Report of the Hyderabad Chloroform Commission
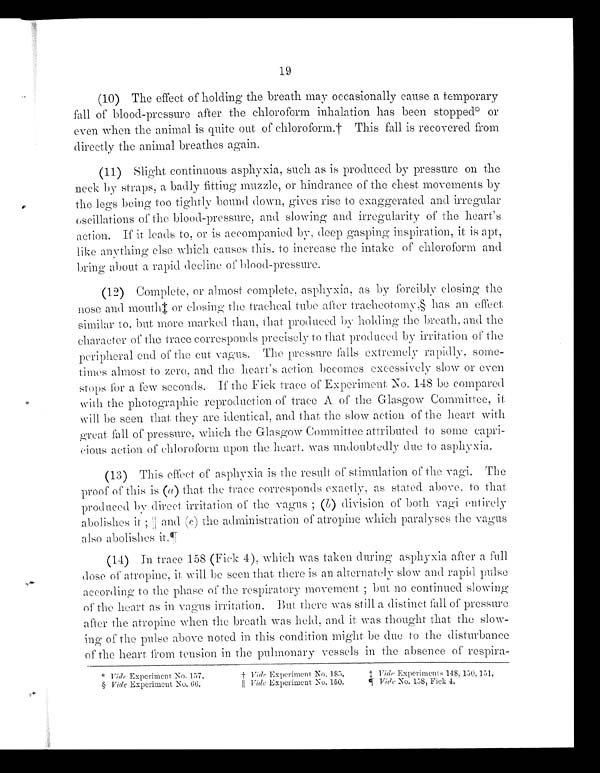
19
(10) The effect of holding the breath may occasionally cause a temporary
fall of blood-pressure after the chloroform inhalation has been stopped ◊ or
even when the animal is quite out of chloroform.† This fall is recovered from
directly the animal breathes again.
(11) Slight continuous asphyxia, such as is produced by pressure on the
n e c k b y s t r a p s , a b a d l y f i t t i n g m u z z l e , o r h i n d r a n c e o f t h e c h e s t m o v e m e n t s b y
the legs being too tightly bound down, gives rise to exaggerated and irregular
oscillations of the blood-pressure, and slowing and irregularity of the heart's
action. If it leads to, or is accompanied by, deep gasping inspiration, it is apt,
like anything else which causes this, to increase the intake of chloroform and
bring about a rapid decline of blood-pressure.
(12) Complete, or almost complete. asphyxia, as by forcibly closing the
nose and mouth‡ or closing the tracheal tube after tracheotomy,§ has an effect
similar to, but more marked than, that produced by holding the breath, and the
character of the trace corresponds precisely to that produced by irritation of the
peripheral end of the cut vagus. The pressure falls extremely rapidly, some-
times almost to zero, and the heart's action becomes excessively slow or even
stops for a few seconds. If the Fick trace of Experiment No. 148 be compared
with the photographic reproduction of trace A of the Glasgow Committee, it
will be seen that they are identical, and that the slow action of the heart with
great fall, of pressure, which the Glasgow Committee attributed to some capri-
cious action of chloroform upon the heart, was undoubtedly due to asphyxia.
(13) This effect of asphyxia is the result of stimulation of the vagi. The
proof of this is (a ) that, the trace corresponds exactly, as stated above, to that
produced by direct irritation of the vagus; ( b) division of both vagi entirely
abolishes it;||and ( c) the administration of atropine which paralyses the vagus
also abolishes it.
(14) In trace 158 (Fick 4), which was taken during asphyxia after a full
d o s e o f a t r o p i n e , i t w i l l b e s e e n t h a t t h e r e i s a n a l t e r n a t e l y s l o w a n d r a p i d p u l s e
according to the phase of the respiratory movement; but no continued slowing
of the heart as in vagus irritation. But there was still a distinct fall of pressure
after the atropine when the breath was held, and it was thought that the slow-
ing of the pulse above noted in this condition might be due to the disturbance
of the heart from tension in the pulmonary vessels in the absence of respira-
* Vide Experiment No. 157. † Vide Experiment No. 185. ‡Vide Experiment 148, 150, 151.
§ Vide Experiment No. 66. || Vide Experiment No. 150. ¶ Vide No. 158, Fick 4